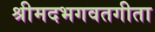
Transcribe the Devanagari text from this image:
श्रीमदभगवतगीता